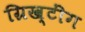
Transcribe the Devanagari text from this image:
ग्रिख्टींग